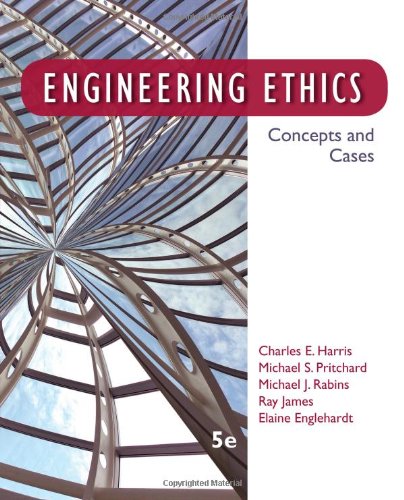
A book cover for Engineering Ethics: Concepts and Cases; Jr.  Charles E. Harris; Business & Money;